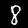
Label: 8